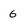
Character: 6